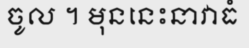
ចូល ។ មុននេះនាវាធំ